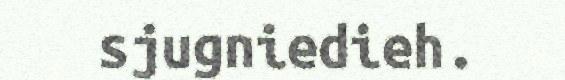
sjugniedieh.